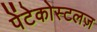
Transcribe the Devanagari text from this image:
पेंटेकोस्टलज़